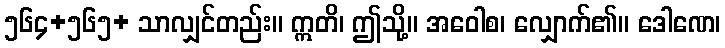
၅၆၄+၅၆၅+ သာလျှင်တည်း။ ဣတိ၊ ဤသို့။ အဝေါစ၊ လျှောက်၏။ ဒေါဏေ၊